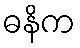
ဓနိက